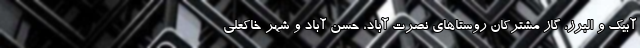
آبیک و البرز، گاز مشترکان روستا‌های نصرت آباد، حسن آباد و شهر خاکعلی